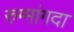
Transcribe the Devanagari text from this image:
रुग्मांगदा